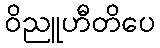
ဝိညူဟီတိပေ